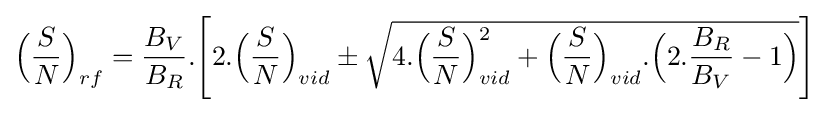
{\Big (}{\frac {S}{N}}{\Big )}_{rf}={\frac {B_{V}}{B_{R}}}.{\Bigg [}2.{\Big (}{\frac {S}{N}}{\Big )}_{vid}\pm {\sqrt {4.{\Big (}{\frac {S}{N}}{\Big )}_{vid}^{2}+{\Big (}{\frac {S}{N}}{\Big )}_{vid}.{\Big (}2.{\frac {B_{R}}{B_{V}}}-1{\Big )}}}{\Bigg ]}